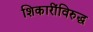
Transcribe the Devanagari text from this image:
शिकारींविरुद्ध